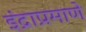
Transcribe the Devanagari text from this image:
इंद्राप्रमाणे